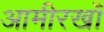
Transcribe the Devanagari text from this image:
आमीरखाँ